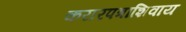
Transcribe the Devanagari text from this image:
करारपत्राशिवाय